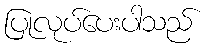
ပြုလုပ်ပေးပါသည်